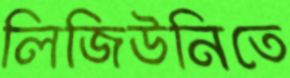
লিজিউনিতে